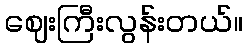
ဈေးကြီးလွန်းတယ်။